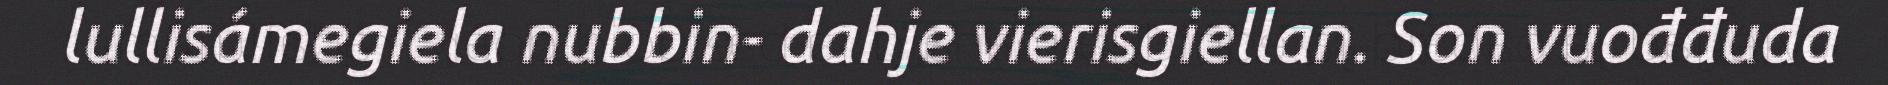
lullisámegiela nubbin- dahje vierisgiellan. Son vuođđuda